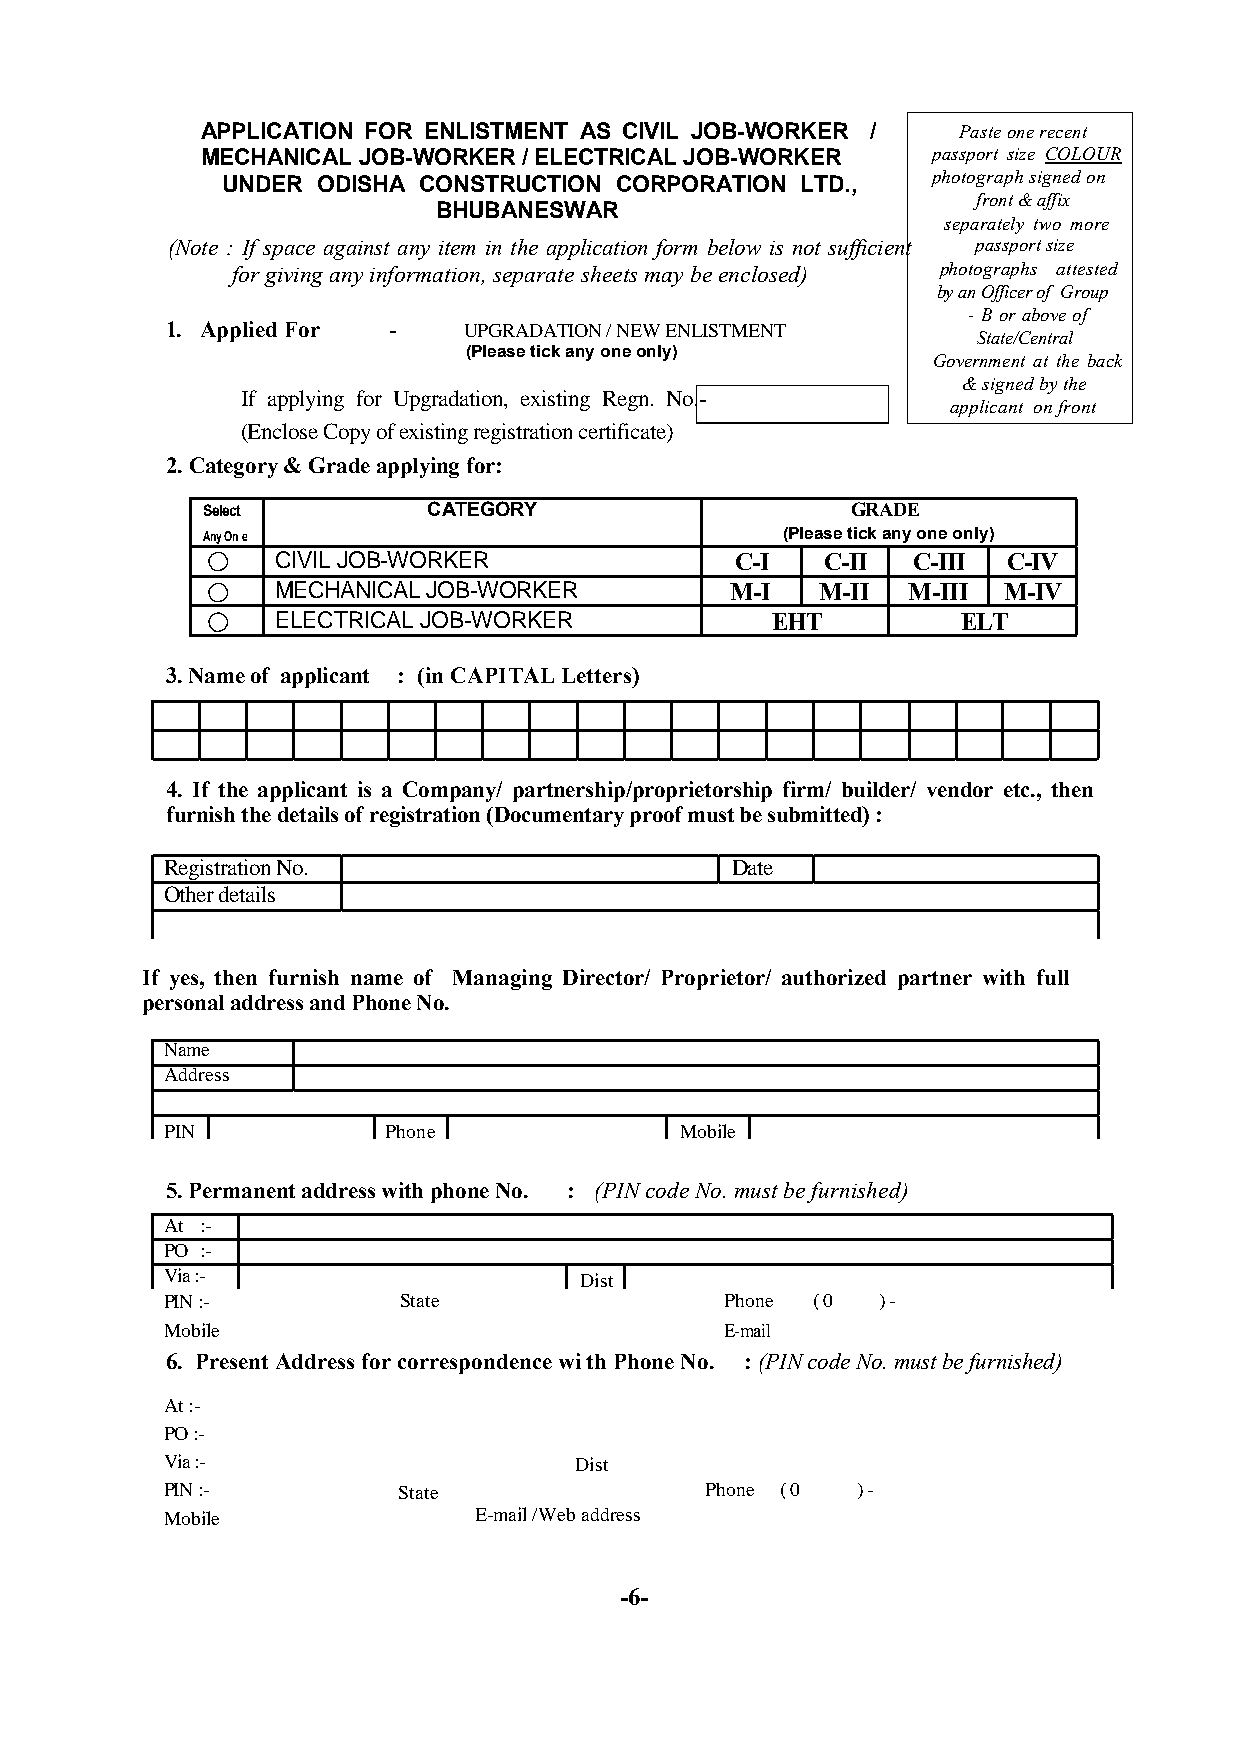
APPLICATION FOR ENLISTMENT AS CIVIL JOB-WORKER /  Paste one recent
 MECHANICAL JOB-WORKER / ELECTRICAL JOB-WORKER    passport size COLOUR
 UNDER ODISHA CONSTRUCTION CORPORATION LTD.,    photograph signed on
 front & affix
 BHUBANESWAR
 separately two more
 (Note : If space against any item in the application form below is not sufficient passport size
 for giving any information, separate sheets may be enclosed) photographs attested
 by an Officer of Group
 - B or above of
 1. Applied For -    UPGRADATION / NEW ENLISTMENT
 State/Central
 (Please tick any one only)
 Government at the back
 & signed by the
 If applying for Upgradation, existing Regn. No.-
 applicant on front
 (Enclose Copy of existing registration certificate)
 2. Category & Grade applying for:
 Select         CATEGORY                    GRADE
 Any On e                               (Please tick any one only)
 CIVIL JOB-WORKER               C-I   C-II C-III  C-IV
 MECHANICAL JOB-WORKER         M-I   M-II  M-III M-IV
 ELECTRICAL JOB-WORKER            EHT          ELT
 3. Name of applicant : (in CAPITAL Letters)
 4. If the applicant is a Company/ partnership/proprietorship firm/ builder/ vendor etc., then
 furnish the details of registration (Documentary proof must be submitted) :
 Registration No.                     Date
 Other details
 If yes, then furnish name of Managing Director/ Proprietor/ authorized partner with full
 personal address and Phone No.
 Name
 Address
 PIN           Phone               Mobile
 5. Permanent address with phone No. : (PIN code No. must be furnished)
 At :-
 PO :-
 Via :-                     Dist
 PIN :-         State                 Phone ( 0 ) -
 Mobile                               E-mail
 6. Present Address for correspondence wi th Phone No. : (PIN code No. must be furnished)
 At :-
 PO :-
 Via :-                     Dist
 PIN :-         State                Phone ( 0 ) -
 Mobile              E-mail /Web address
 -6-